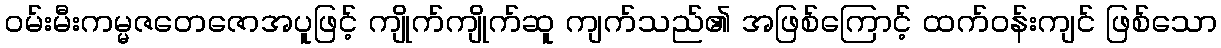
ဝမ်းမီးကမ္မဇတေဇောအပူဖြင့် ကျိုက်ကျိုက်ဆူ ကျက်သည်၏ အဖြစ်ကြောင့် ထက်ဝန်းကျင် ဖြစ်သော